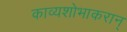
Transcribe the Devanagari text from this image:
काव्यशोभाकरान्